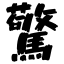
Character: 驚